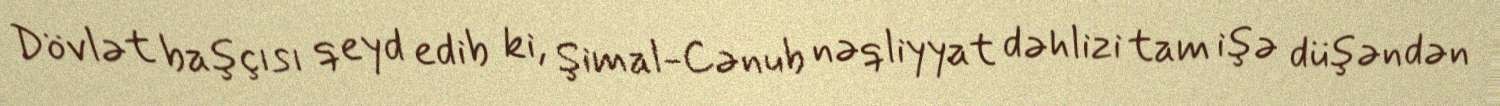
Dövlət başçısı qeyd edib ki, Şimal-Cənub nəqliyyat dəhlizi tam işə düşəndən